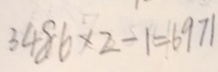
3 4 8 6 \times 2 - 1 = 6 9 7 1